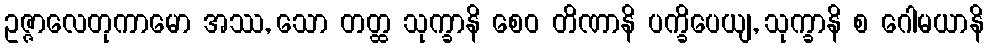
ဥဇ္ဇာလေတုကာမော အဿ, သော တတ္ထ သုက္ခာနိ စေဝ တိဏာနိ ပက္ခိပေယျ, သုက္ခာနိ စ ဂေါမယာနိ